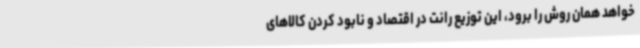
خواهد همان روش را برود، این توزیع رانت در اقتصاد و نابود کردن کالاهای